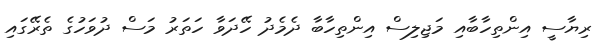
ރިޔާސީ އިންތިހާބާއި މަޖިލިސް އިންތިހާބާ ދެމެދު ހޭދަވާ ހަތަރު މަސް ދުވަހުގެ ތެރޭގައި